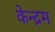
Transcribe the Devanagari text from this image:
केन्द्रम